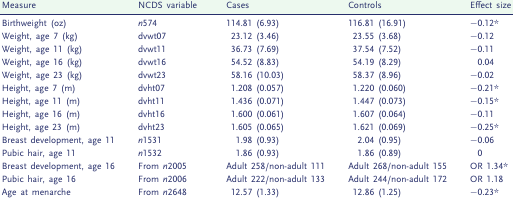
<table><thead><tr><td><b>Measure</b></td><td><b>NCDS variable</b></td><td><b>Cases</b></td><td><b>Controls</b></td><td><b>Effect size</b></td></tr></thead><tbody><tr><td>Birthweight (oz)</td><td><i>n</i>574</td><td>114.81 (6.93)</td><td>116.81 (16.91)</td><td>−0.12*</td></tr><tr><td>Weight, age 7 (kg)</td><td>dvwt07</td><td>23.12 (3.46)</td><td>23.55 (3.68)</td><td>−0.12</td></tr><tr><td>Weight, age 11 (kg)</td><td>dvwt11</td><td>36.73 (7.69)</td><td>37.54 (7.52)</td><td>−0.11</td></tr><tr><td>Weight, age 16 (kg)</td><td>dvwt16</td><td>54.52 (8.83)</td><td>54.19 (8.29)</td><td>0.04</td></tr><tr><td>Weight, age 23 (kg)</td><td>dvwt23</td><td>58.16 (10.03)</td><td>58.37 (8.96)</td><td>−0.02</td></tr><tr><td>Height, age 7 (m)</td><td>dvht07</td><td>1.208 (0.057)</td><td>1.220 (0.060)</td><td>−0.21*</td></tr><tr><td>Height, age 11 (m)</td><td>dvht11</td><td>1.436 (0.071)</td><td>1.447 (0.073)</td><td>−0.15*</td></tr><tr><td>Height, age 16 (m)</td><td>dvht16</td><td>1.600 (0.061)</td><td>1.607 (0.064)</td><td>−0.11</td></tr><tr><td>Height, age 23 (m)</td><td>dvht23</td><td>1.605 (0.065)</td><td>1.621 (0.069)</td><td>−0.25*</td></tr><tr><td>Breast development, age 11</td><td><i>n</i>1531</td><td>1.98 (0.93)</td><td>2.04 (0.95)</td><td>−0.06</td></tr><tr><td>Pubic hair, age 11</td><td><i>n</i>1532</td><td>1.86 (0.93)</td><td>1.86 (0.89)</td><td>0</td></tr><tr><td>Breast development, age 16</td><td>From <i>n</i>2005</td><td>Adult 258/non-adult 111</td><td>Adult 268/non-adult 155</td><td>OR 1.34*</td></tr><tr><td>Pubic hair, age 16</td><td>From <i>n</i>2006</td><td>Adult 222/non-adult 133</td><td>Adult 244/non-adult 172</td><td>OR 1.18</td></tr><tr><td>Age at menarche</td><td>From <i>n</i>2648</td><td>12.57 (1.33)</td><td>12.86 (1.25)</td><td>−0.23*</td></tr></tbody></table>